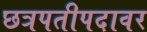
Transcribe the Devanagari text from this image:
छत्रपतीपदावर